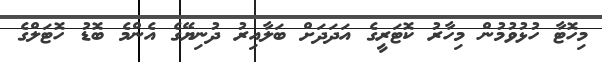
މިހޮޓާ ހުޅުވުމުން މިހާރު ކޮޓަރީގެ އަދަދަށް ބަލާއިރު ދުނިޔޭގެ އެންމެ ބޮޑު ހޮޓަލްގެ